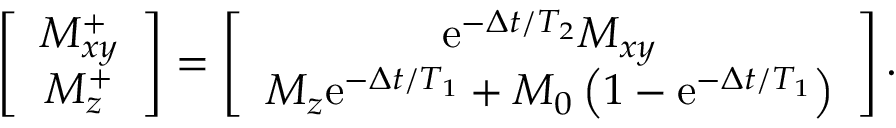
\begin{array} { r } { \left[ \begin{array} { c } { M _ { x y } ^ { + } } \\ { M _ { z } ^ { + } } \end{array} \right] = \left[ \begin{array} { c } { \mathrm { e } ^ { - \Delta t / T _ { 2 } } M _ { x y } } \\ { M _ { z } \mathrm { e } ^ { - \Delta t / T _ { 1 } } + M _ { 0 } \left( 1 - \mathrm { e } ^ { - \Delta t / T _ { 1 } } \right) } \end{array} \right] . } \end{array}